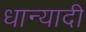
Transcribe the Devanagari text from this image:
धान्यादी